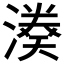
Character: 𱨹